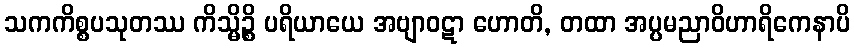
သကကိစ္စပသုတဿ ကိသ္မိဉ္စိ ပရိယာယေ အဗျာဝဋာ ဟောတိ, တထာ အပ္ပမညာဝိဟာရိကေနာပိ